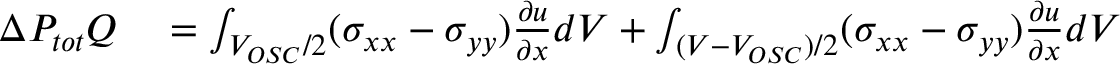
\begin{array} { r l } { \Delta P _ { t o t } Q } & { { } = \int _ { V _ { O S C } / 2 } ( \sigma _ { x x } - \sigma _ { y y } ) \frac { \partial u } { \partial x } d V + \int _ { ( V - V _ { O S C } ) / 2 } ( \sigma _ { x x } - \sigma _ { y y } ) \frac { \partial u } { \partial x } d V } \end{array}